Vaccination North-Western Provinces 1866-1877 - 1866-1877
Year: 1866
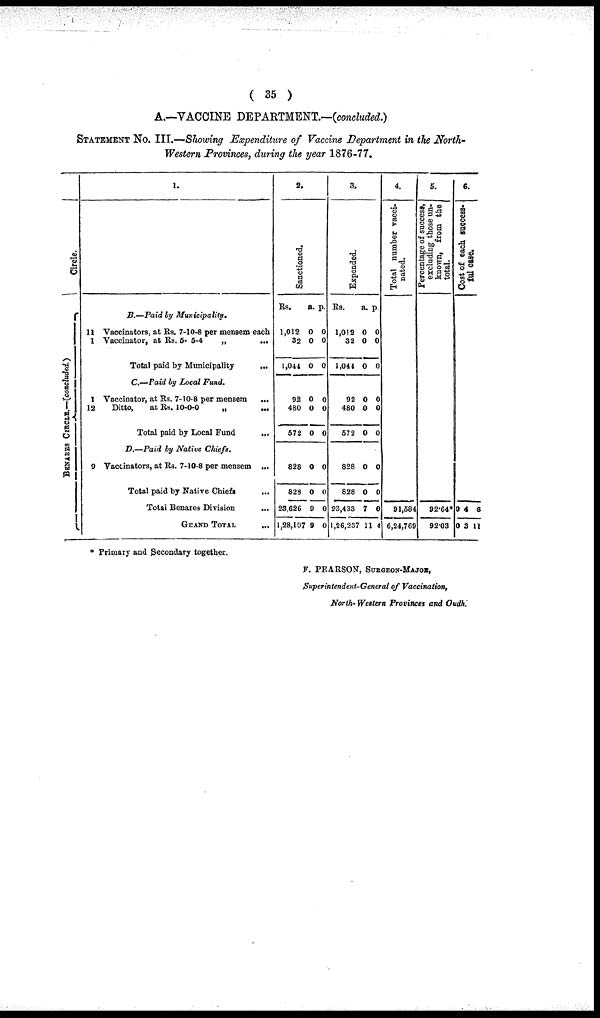
( 35 )
A.—VACCINE DEPARTMENT.—(concluded.)
STATEMENT No. III.—Showing Expenditure of Vaccine Department in the North¬
Western Provinces, during the year 1876-77.
Circle.
BENARES CIRCLE.—(concluded.)
1.
11
1
1
12
9
B—Paid by Municipality.
Vaccinators, at Rs. 7-10-8 per mensem each
Vaccinator, at Rs. 5- 5-4
„
...
Total paid by Municipality
...
C.—Paid by Local Fund.
Vaccinator, at Rs. 7-10-8 per mensem ...
Ditto,
at Rs. 10-0-0
„
...
Total paid by Local Fund
...
D.—Paid by Native Chiefs.
Vaccinators, at Rs. 7-10-8 per mensem ...
Total paid by Native Chiefs
...
Total Benares Division
...
GRAND TOTAL
...
2.
Sanctioned.
Rs.
1,012
32
1,044
92
480
572
828
828
23,626
1,28,107
a.
0
0
0
0
0
0
0
0
9
9
p.
0
0
0
0
0
0
0
0
0
0
3.
Expended.
Rs.
1,012
32
1,044
92
480
572
828
828
23,433
1,26,237
a.
0
0
0
0
0
0
0
0
7
11
p.
0
0
0
0
0
0
0
0
0
4
4.
Total number vacci-
nated.
91,584
6,24,769
5.
Percentage of success,
excluding those un-
known, from the
total.
92.64*
92.03
6.
Cost of each success-
ful case.
0
0
4
3
8
11
* Primary and Secondary together.
F. PEARSON, SURGEON-MAJOR,
Superintendent-General of Vaccination,
North- Western Provinces and Oudh.